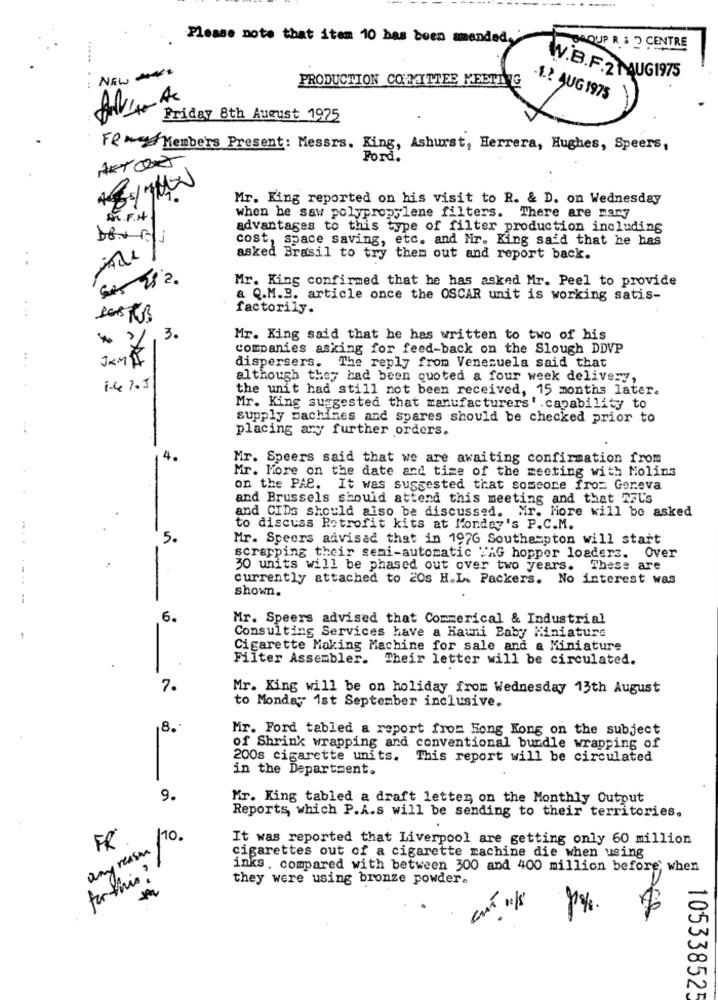
Please note that item 10 has been manded"
DAOUP R & 2 CENTRE
NEW
PRODUCTION COMMITTEE MEETING
W.B.F.2MUG1975
-1? AUG 1975
Friday 8th August 1975
FR m Members Present: Messrs. King, Ashurst, Herrera, Hughes, Speers,
Ford.
Mr. King reported on his visit to R. & D. on Wednesday
M. F.H
when he saw polypropylene filters. There are mary
advantages to this type of filter production including
cost, space saving, etc. and Mr. King said that he has
. .
asked Brasil to try them out and report back.
Mr. King confirmed that he has asked Mr. Peel to provide
a Q.M.B. article once the OSCAR unit is working satis-
factorily.
. ..
* 2.3.
Mr. King said that he has written to two of his
companies asking for feed-back on the Slough DDVP
..
dispersers. The reply from Venezuela said that
although they had been quoted a four week delivery,
1.4 %.J
the unit had still not been received, 15 months later.
Mr. King suggested that manufacturers'.capability to
supply machines and spares should be checked prior to
placing any further orders.
Mr. Speers said that we are awaiting confirmation from
Mr. More on the date and time of the meeting with Molins
on the PAS. It was suggested that someore from Gereva
and Brussels should attend this meeting and that TFL's
and CIDs should also be discussed. Mr. Hore will be asked
to discuss Retrofit kits at Monday's P.C.M.
5.
Mr. Speers advised that in 1976 Southampton will start
scrapping their semi-automatic "AG hopper loaders. Over
30 units will be phased out over two years. These are
currently attached to 20s H.L. Packers. No interest was
shown.
6.
Mr. Speers advised that Commerical & Industrial
Consulting Services have a Hauni Baby Miniature
Cigarette Making Machine for sale and a Miniature
Filter Assembler. Their letter will be circulated.
7.
Mr. King will be on holiday from Wednesday 13th August
to Monday 1st September inclusive.
8.
Mr. Ford tabled a report from Hong Kong on the subject
of Shrink wrapping and conventional burdle wrapping of
200s cigarette units. This report will be circulated
in the Department.
9.
Mr. King tabled a draft letter, on the Monthly Output
Reports, which P.A.s will be sending to their territories.
170
FR
It was reported that Liverpool are getting only 60 million
any reason
cigarettes out of a cigarette machine die when using
for this ?
inks . compared with between 300 and 400 million before; when
they were using bronze powder.
105338525